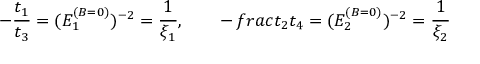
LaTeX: - { \frac { t _ { 1 } } { t _ { 3 } } } = ( E _ { 1 } ^ { ( B = 0 ) } ) ^ { - 2 } = { \frac { 1 } { \xi _ { 1 } } } , \qquad - { \, f r a c { t _ { 2 } } { t _ { 4 } } } = ( E _ { 2 } ^ { ( B = 0 ) } ) ^ { - 2 } = { \frac { 1 } { \xi _ { 2 } } }